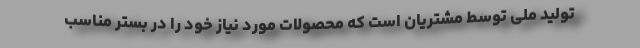
تولید ملی توسط مشتریان است که محصولات مورد نیاز خود را در بستر مناسب